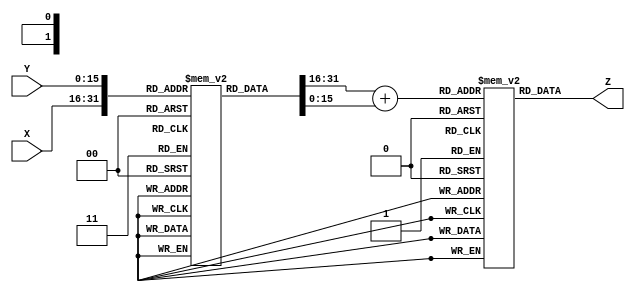
module LogarithmicAnalogMultiplier (
    input [15:0] X,      // Input signal X
    input [15:0] Y,      // Input signal Y
    output [31:0] Z      // Output signal Z (X * Y)
);

    // Logarithmic and exponential look-up tables
    reg [15:0] log_table [0:65535]; // LUT for log function
    reg [31:0] exp_table [0:65535]; // LUT for exp function

    // Initialize the log and exp tables
    initial begin
        // Populate log_table with log values
        // Populate exp_table with exp values
        // Note: Actual values should be inserted here based on chosen base
        // This can be done using a script or manually for the desired precision
    end

    // Internal signals
    reg [15:0] logX;
    reg [15:0] logY;
    reg [31:0] logSum;

    // Logarithmic conversion (simulate log)
    always @(*) begin
        logX = log_table[X];   // Get log(X)
        logY = log_table[Y];   // Get log(Y)
        logSum = logX + logY;  // Add log(X) + log(Y)
    end

    // Exponential conversion (simulate exp)
    always @(*) begin
        Z = exp_table[logSum];  // Get exp(log(X) + log(Y)) = X * Y
    end

endmodule